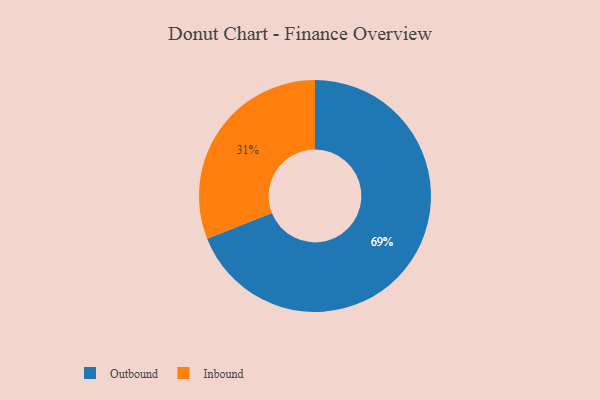
{"axis": {"x": "Category", "y": "Percentage"}, "legend": ["Inbound", "Outbound"], "data": [{"x": "Inbound", "y": 31, "type": "Inbound"}, {"x": "Outbound", "y": 69, "type": "Outbound"}]}